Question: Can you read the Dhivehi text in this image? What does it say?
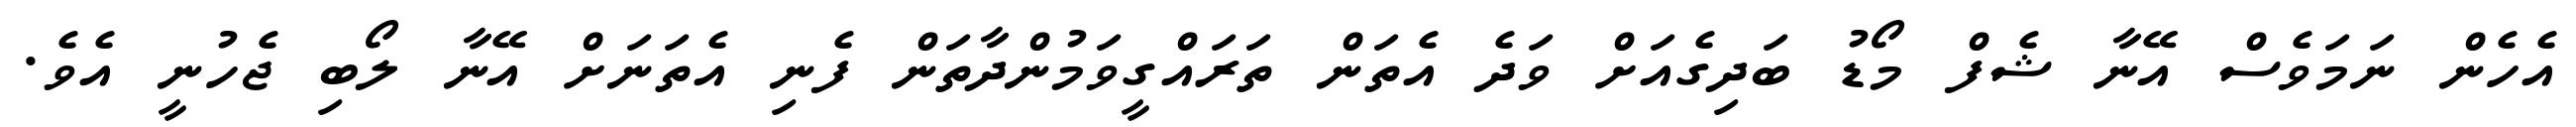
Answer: އެހެން ނަމަވެސް އޭނާ ޝެފް މޯޑު ބަދިގެއަށް ވަދެ އެތަން ތަރައްގީވަމުންދާތަން ފެނި އެތަނަށް އޭނާ ލޯބި ޖެހުނީ އެވެ.